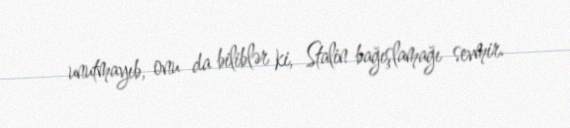
unutmayıb, onu da biliblər ki, Stalin bağışlamağı sevmir.